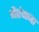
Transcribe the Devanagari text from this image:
नैरंजना